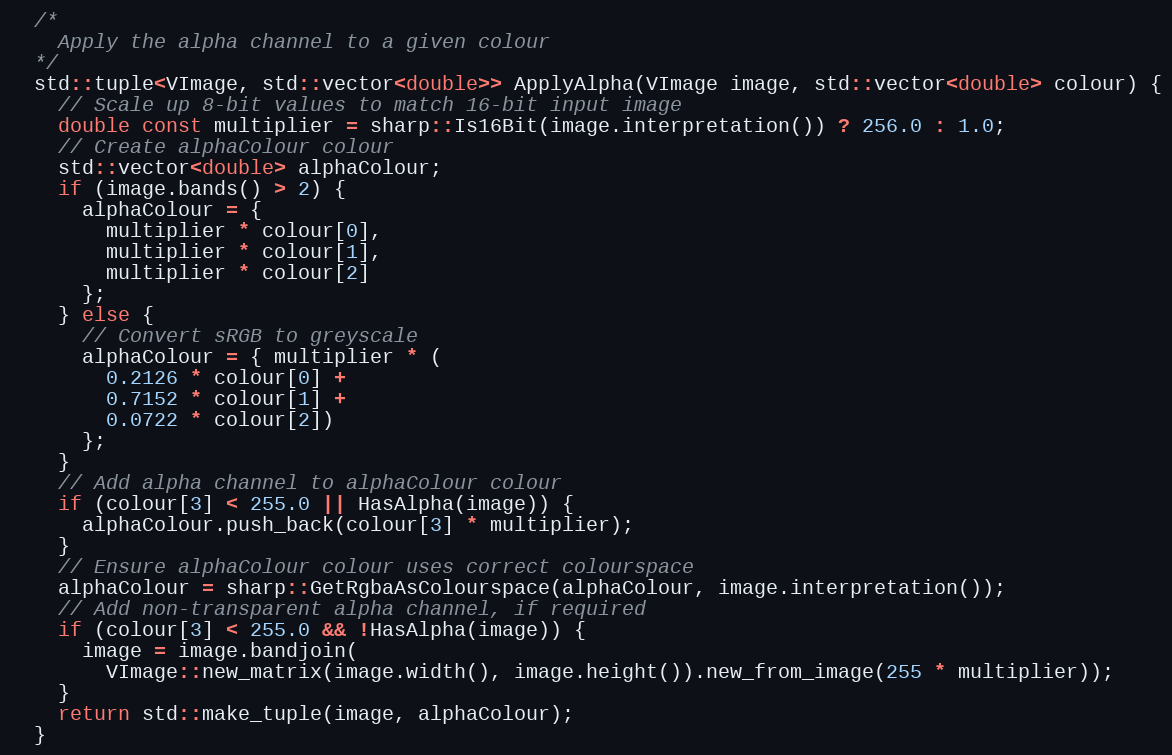
Language: C++
  /*
    Apply the alpha channel to a given colour
  */
  std::tuple<VImage, std::vector<double>> ApplyAlpha(VImage image, std::vector<double> colour) {
    // Scale up 8-bit values to match 16-bit input image
    double const multiplier = sharp::Is16Bit(image.interpretation()) ? 256.0 : 1.0;
    // Create alphaColour colour
    std::vector<double> alphaColour;
    if (image.bands() > 2) {
      alphaColour = {
        multiplier * colour[0],
        multiplier * colour[1],
        multiplier * colour[2]
      };
    } else {
      // Convert sRGB to greyscale
      alphaColour = { multiplier * (
        0.2126 * colour[0] +
        0.7152 * colour[1] +
        0.0722 * colour[2])
      };
    }
    // Add alpha channel to alphaColour colour
    if (colour[3] < 255.0 || HasAlpha(image)) {
      alphaColour.push_back(colour[3] * multiplier);
    }
    // Ensure alphaColour colour uses correct colourspace
    alphaColour = sharp::GetRgbaAsColourspace(alphaColour, image.interpretation());
    // Add non-transparent alpha channel, if required
    if (colour[3] < 255.0 && !HasAlpha(image)) {
      image = image.bandjoin(
        VImage::new_matrix(image.width(), image.height()).new_from_image(255 * multiplier));
    }
    return std::make_tuple(image, alphaColour);
  }